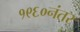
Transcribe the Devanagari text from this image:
१९६०नंतर